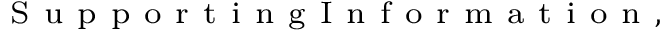
^ { \mathrm { ~ S ~ u ~ p ~ p ~ o ~ r ~ t ~ i ~ n ~ g ~ I ~ n ~ f ~ o ~ r ~ m ~ a ~ t ~ i ~ o ~ n ~ } , }